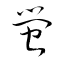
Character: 螢